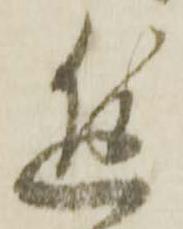
進